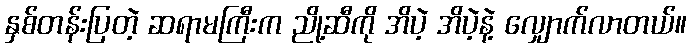
နှစ်တန်းပြတဲ့ ဆရာမကြီးက ညို့ဆီကို အိပဲ့ အိပဲ့နဲ့ လျှောက်လာတယ်။